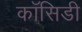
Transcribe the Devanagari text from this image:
कॉसिडी